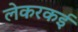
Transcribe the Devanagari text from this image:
लेकरकई